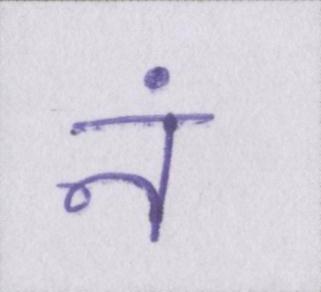
नं